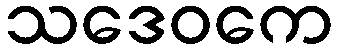
သဒေဝကေ